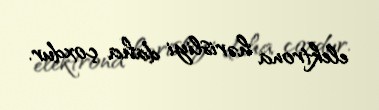
elektrona hərisliyi daha çoxdur.